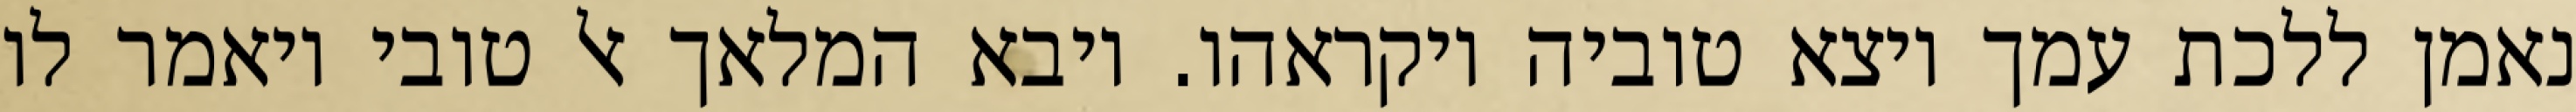
נאמן ללכת עמך ויצא טוביה ויקראהו. ויבא המלאך אל טובי ויאמר לו